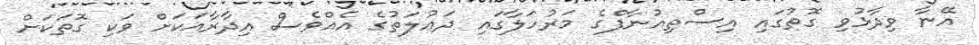
އޭނާ ވިދާޅުވި ގޮތުގައި އިސްތިއުނާފްގެ މަރުހަލާގައި ދައުލަތުގެ އެއްވެސް އިދާރާއަކަށް ވަކި ގޮތަކަށް